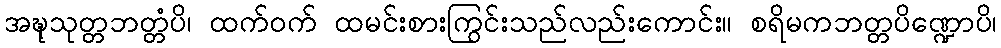
အဍ္ဎုသုတ္တဘတ္တံပိ၊ ထက်ဝက် ထမင်းစားကြွင်းသည်လည်းကောင်း။ စရိမကဘတ္တပိဏ္ဍောပိ၊